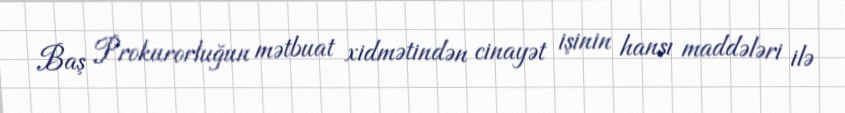
Baş Prokurorluğun mətbuat xidmətindən cinayət işinin hansı maddələri ilə